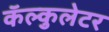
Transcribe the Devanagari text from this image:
कॅल्कुलेटर